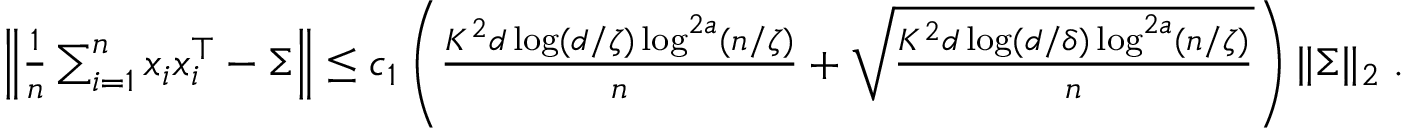
\begin{array} { r } { \left\| \frac { 1 } { n } \sum _ { i = 1 } ^ { n } x _ { i } x _ { i } ^ { \top } - \Sigma \right\| \leq c _ { 1 } \left( \frac { K ^ { 2 } d \log ( d / \zeta ) \log ^ { 2 a } ( n / \zeta ) } { n } + \sqrt { \frac { K ^ { 2 } d \log ( d / \delta ) \log ^ { 2 a } ( n / \zeta ) } { n } } \right) \| \Sigma \| _ { 2 } \; . } \end{array}